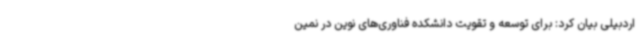
اردبیلی بیان کرد: برای توسعه و تقویت دانشکده فناوری‌های نوین در نمین